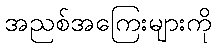
အညစ်အကြေးများကို